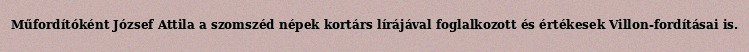
Műfordítóként József Attila a szomszéd népek kortárs lírájával foglalkozott és értékesek Villon-fordításai is.